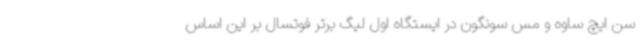
سن ایچ ساوه و مس سونگون در ایستگاه اول لیگ برتر فوتسال بر این اساس